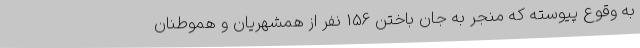
به وقوع پیوسته که منجر به جان باختن 156 نفر از همشهریان و هموطنان